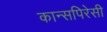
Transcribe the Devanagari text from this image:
कान्सपिरेसी